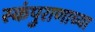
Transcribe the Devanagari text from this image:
स्कंपुराणाच्या